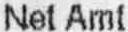
NET AMT